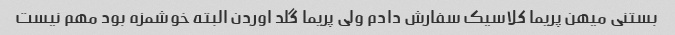
بستنی میهن پریما کلاسیک سفارش دادم ولی پریما گلد اوردن البته خوشمزه بود مهم نیست